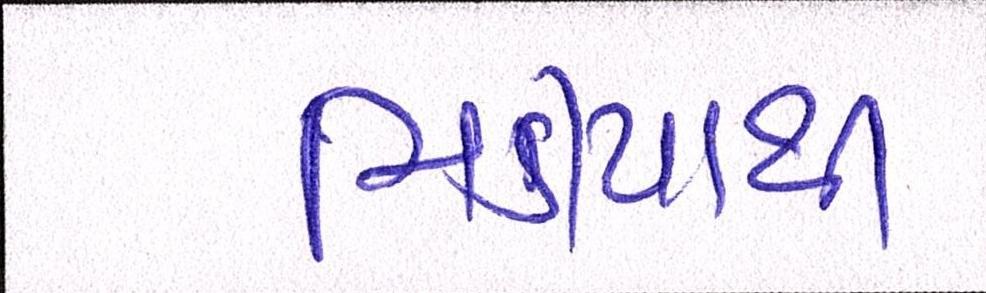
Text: મિડીયાથી